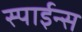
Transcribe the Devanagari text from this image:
स्पाईन्स